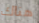
هناك